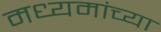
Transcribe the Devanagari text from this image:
मध्यमांच्या